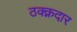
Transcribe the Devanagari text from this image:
ठक्क्नदार